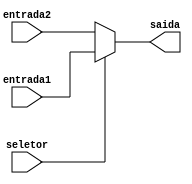
module MUX5b (entrada1, entrada2, seletor, saida);

    input wire [4:0] entrada1, entrada2;
    input wire seletor;
    output [4:0] saida;

    assign saida = seletor ? entrada1 : entrada2;

endmodule